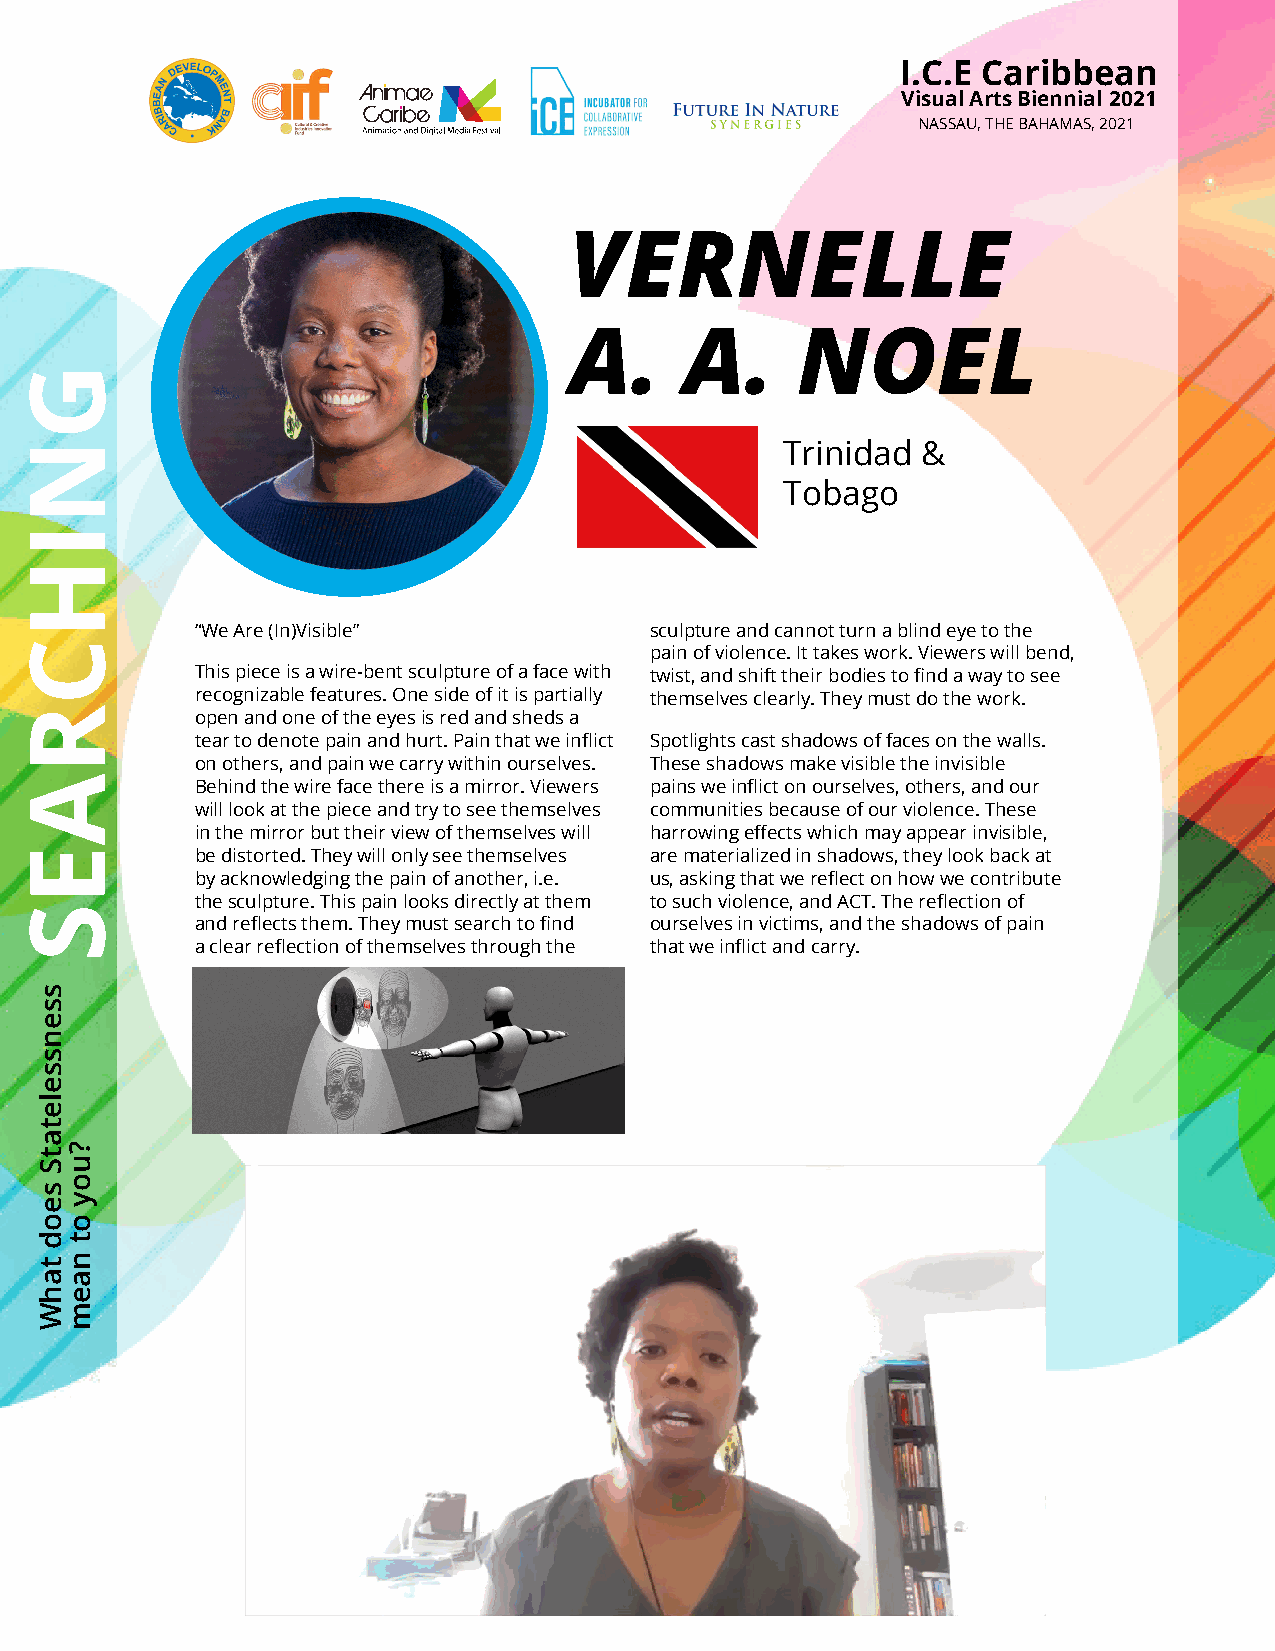
I.C.E Caribbean
 Visual Arts Biennial 2021
 NASSAU, THE BAHAMAS, 2021
 VERNELLE
 A.     A.      NOEL
 Trinidad &
 Tobago
 “We Are (In)Visible”          sculpture and cannot turn a blind eye to the
 pain of violence. It takes work. Viewers will bend,
 This piece is a wire-bent sculpture of a face with twist, and shift their bodies to find a way to see
 recognizable features. One side of it is partially themselves clearly. They must do the work.
 open and one of the eyes is red and sheds a
 tear to denote pain and hurt. Pain that we inflict Spotlights cast shadows of faces on the walls.
 on others, and pain we carry within ourselves. These shadows make visible the invisible
 Behind the wire face there is a mirror. Viewers pains we inflict on ourselves, others, and our
 will look at the piece and try to see themselves communities because of our violence. These
 in the mirror but their view of themselves will harrowing effects which may appear invisible,
 be distorted. They will only see themselves are materialized in shadows, they look back at
 by acknowledging the pain of another, i.e. us, asking that we reflect on how we contribute
 the sculpture. This pain looks directly at them to such violence, and ACT. The reflection of
 and reflects them. They must search to find ourselves in victims, and the shadows of pain
 a clear reflection of themselves through the that we inflict and carry.
 GNIHCRAES
 ssensseletatS
 seod
 tahW
 ?uoy
 ot
 naem